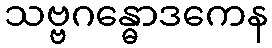
သဗ္ဗဂန္ဓောဒကေန